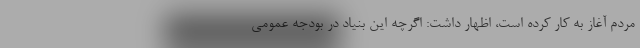
مردم آغاز به کار کرده است، اظهار داشت: اگرچه این بنیاد در بودجه عمومی